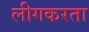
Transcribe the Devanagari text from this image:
लीगकरता